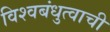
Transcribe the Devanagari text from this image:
विश्वबंधुत्वाची